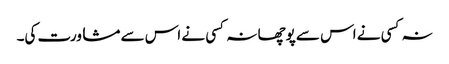
نہ کسی نے اس سے پوچھا نہ کسی نے اس سے مشاورت کی۔